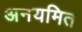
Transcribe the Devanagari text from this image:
अनयमित